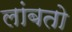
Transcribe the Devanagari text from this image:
लांबतो